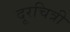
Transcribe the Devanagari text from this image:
दूरचित्री